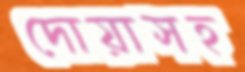
দোয়াসহ